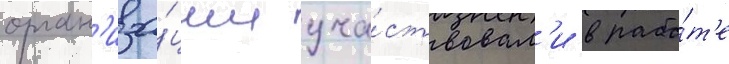
орган'иза́ции уча́ствовал'и в рабо́т'е